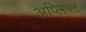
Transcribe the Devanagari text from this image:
अप्लिफ्ट